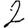
Digit: 2